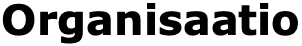
Organisaatio